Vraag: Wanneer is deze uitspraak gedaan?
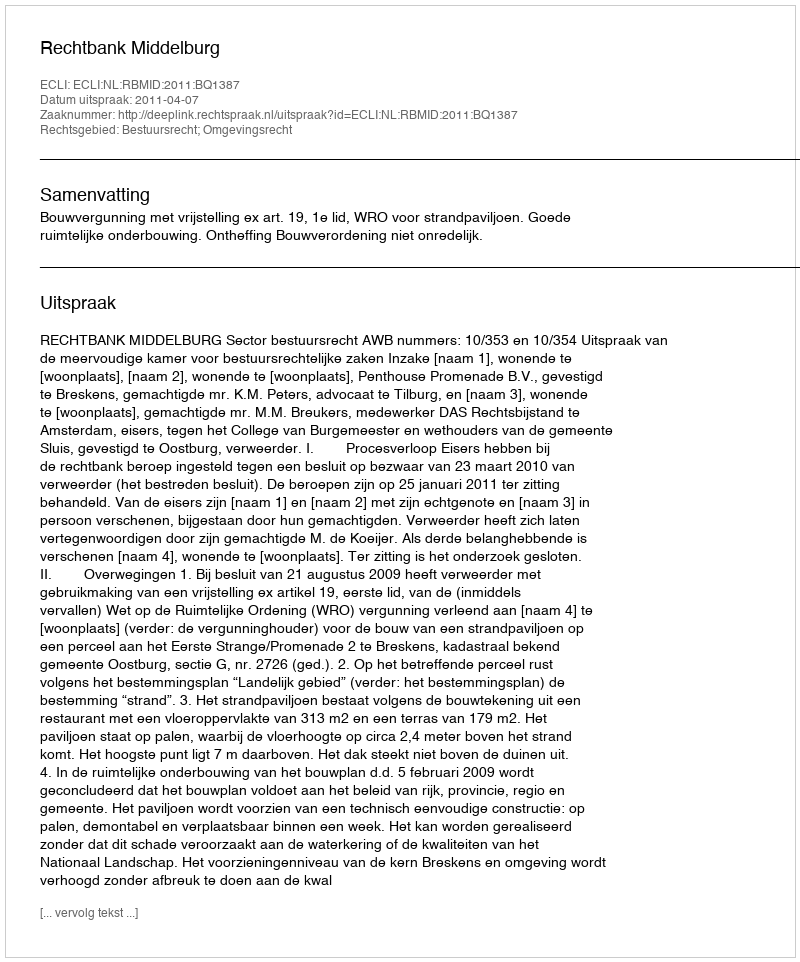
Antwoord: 2011-04-07